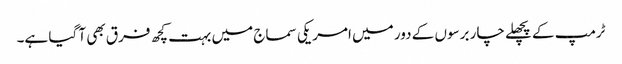
ٹرمپ کے پچھلے چار برسوں کے دور میں امریکی سماج میں بہت کچھ فرق بھی آ گیا ہے۔